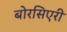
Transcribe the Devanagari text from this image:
बोरसिएरी